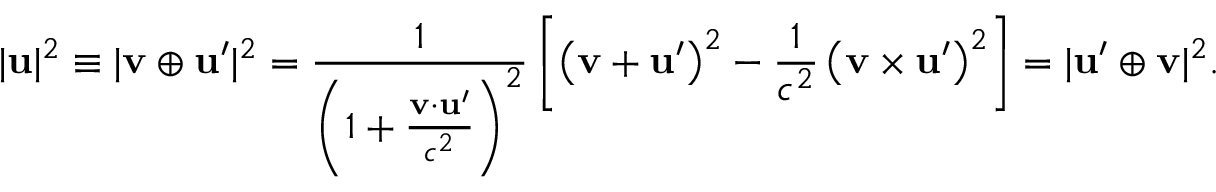
| \mathbf { u } | ^ { 2 } \equiv | \mathbf { v } \oplus \mathbf { u } ^ { \prime } | ^ { 2 } = { \frac { 1 } { \left( 1 + { \frac { \mathbf { v } \cdot \mathbf { u } ^ { \prime } } { c ^ { 2 } } } \right) ^ { 2 } } } \left[ \left( \mathbf { v } + \mathbf { u } ^ { \prime } \right) ^ { 2 } - { \frac { 1 } { c ^ { 2 } } } \left( \mathbf { v } \times \mathbf { u } ^ { \prime } \right) ^ { 2 } \right] = | \mathbf { u } ^ { \prime } \oplus \mathbf { v } | ^ { 2 } .